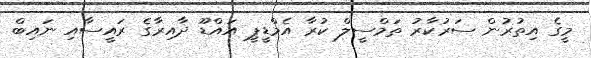
މީގެ އިތުރުން ސަރުކާރު ތަމްސީލް ކުރާ އެމްޑީޕީ އައްޑޫ ދާއިރާގެ ރައީސާއި ނައިބް